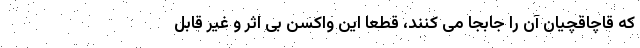
که قاچاقچیان آن را جابجا می کنند، قطعا این واکسن بی اثر و غیر قابل